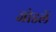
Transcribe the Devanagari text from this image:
जोडलें